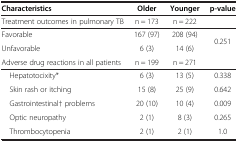
<table><thead><tr><td><b>Characteristics</b></td><td><b>Older</b></td><td><b>Younger</b></td><td><b>p-value</b></td></tr></thead><tbody><tr><td>Treatment outcomes in pulmonary TB</td><td>n = 173</td><td>n = 222</td><td>[EMPTY_CELL]</td></tr><tr><td>Favorable</td><td>167 (97)</td><td>208 (94)</td><td rowspan="2">0.251</td></tr><tr><td>Unfavorable</td><td>6 (3)</td><td>14 (6)</td></tr><tr><td>Adverse drug reactions in all patients</td><td>n = 199</td><td>n = 271</td><td>[EMPTY_CELL]</td></tr><tr><td> Hepatotocixity*</td><td>6 (3)</td><td>13 (5)</td><td>0.338</td></tr><tr><td> Skin rash or itching</td><td>15 (8)</td><td>25 (9)</td><td>0.642</td></tr><tr><td> Gastrointestinal† problems</td><td>20 (10)</td><td>10 (4)</td><td>0.009</td></tr><tr><td> Optic neuropathy</td><td>2 (1)</td><td>8 (3)</td><td>0.265</td></tr><tr><td> Thrombocytopenia</td><td>2 (1)</td><td>2 (1)</td><td>1.0</td></tr></tbody></table>